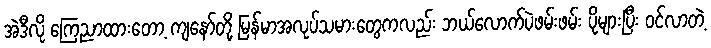
အဲဒီလို ကြေညာထားတော့ ကျနော်တို့ မြန်မာအလုပ်သမားတွေကလည်း ဘယ်လောက်ပဲဖမ်းဖမ်း ပိုများပြီး ဝင်လာတဲ့